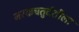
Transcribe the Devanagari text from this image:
नरकचतुर्दशीला